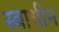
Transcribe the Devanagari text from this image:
स्‍वाधीन